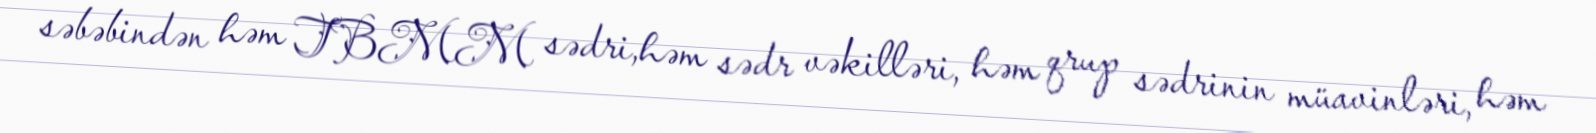
səbəbindən həm TBMM sədri,həm sədr vəkilləri, həm qrup sədrinin müavinləri, həm